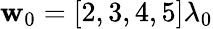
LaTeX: \mathbf{w}_{0}=[2,3,4,5]\lambda_{0}